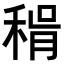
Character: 𥟮